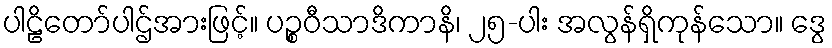
ပါဠိတော်ပါဌ်အားဖြင့်။ ပဉ္စဝီသာဒိကာနိ၊ ၂၅-ပါး အလွန်ရှိကုန်သော။ ဒွေ